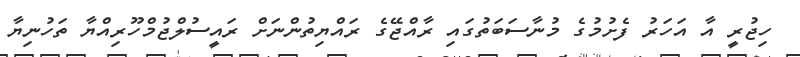
ހިޖުރީ އާ އަހަރު ފެށުމުގެ މުނާސަބަތުގައި ރާއްޖޭގެ ރައްޔިތުންނަށް ރައީސުލްޖުމްހޫރިއްޔާ ތަހުނިޔާ